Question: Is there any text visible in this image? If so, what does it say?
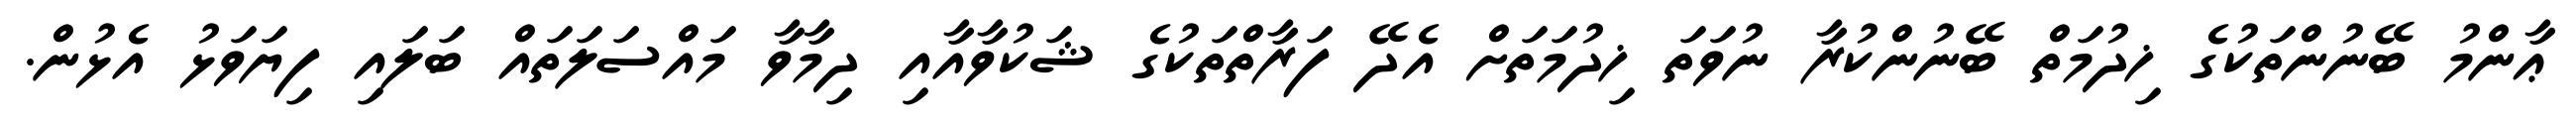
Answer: ޢާންމު ބޭނުންތަކުގެ ޚިދުމަތް ބޭނުންކުރާ ނުވަތަ ޚިދުމަތަށް އެދޭ ފަރާތްތަކުގެ ޝަކުވާއާއި ދިމާވާ މައްސަލަތައް ބަލައި ފިޔަވަޅު އެޅުން.